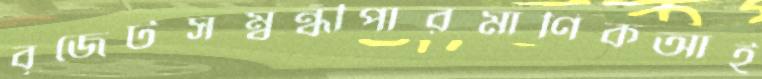
বৃজেটসম্বন্ধীপারমাণিকআই